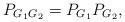
LaTeX: \begin{align*}P_{G_1 G_2}=P_{G_1} P_{G_2}, \end{align*}